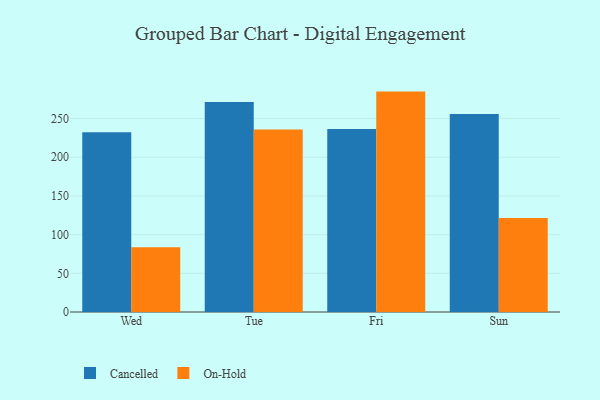
{"axis": {"x": "Day", "y": "Operating Costs (USD K)"}, "legend": ["Cancelled", "On-Hold"], "data": [{"x": "Wed", "y": 232.3, "type": "Cancelled"}, {"x": "Wed", "y": 83.7, "type": "On-Hold"}, {"x": "Tue", "y": 271.6, "type": "Cancelled"}, {"x": "Tue", "y": 236.0, "type": "On-Hold"}, {"x": "Fri", "y": 236.7, "type": "Cancelled"}, {"x": "Fri", "y": 284.9, "type": "On-Hold"}, {"x": "Sun", "y": 256.0, "type": "Cancelled"}, {"x": "Sun", "y": 121.6, "type": "On-Hold"}]}